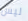
ليس